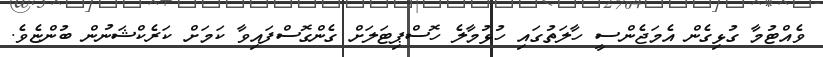
ވެއްޓުމާ ގުޅިގެން އެމަޖެންސީ ހާލަތުގައި ހުޅުމާލެ ހޮސްޕިޓަލަށް ގެންގޮސްފައިވާ ކަމަށް ކަރެކްޝަނުން ބުންޏެވެ.